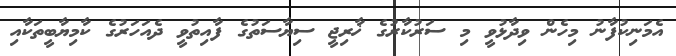
އެމަނިކުފާނު މިހެން ވިދާޅުވީ މި ސަރުކާރުގެ ޚާރިޖީ ސިޔާސަތުގެ ފާއިތުވީ ދެއަހަރުގެ ކާމިޔާބީތަކާއި